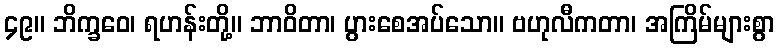
၄၉။ ဘိက္ခဝေ၊ ရဟန်းတို့။ ဘာဝိတာ၊ ပွားစေအပ်သော။ ဗဟုလီကတာ၊ အကြိမ်များစွာ